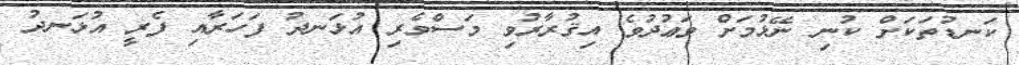
ކަނޑުތަކަށް ކުނި ނޭޅުމަށް ވަޢުދުވެ އިޤުރާރުވި މަސްވެރި އުޅަނދު ފަހަރާއި ފެރީ އުޅަނދު